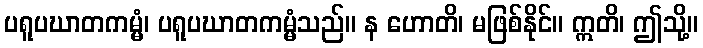
ပရူပဃာတကမ္မံ၊ ပရူပဃာတကမ္မံသည်။ န ဟောတိ၊ မဖြစ်နိုင်။ ဣတိ၊ ဤသို့။